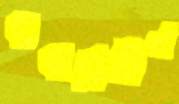
বাবাবিহীন